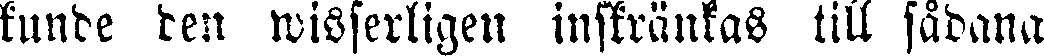
kunde den wisserligen inskränkas till sådana